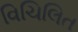
વિચિલિત